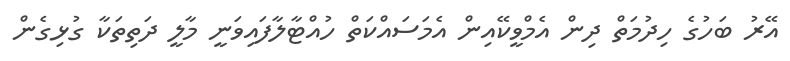
އޭރު ބަހުގެ ހިދުމަތް ދިން އެމްވީކޭއިން އެމަސައްކަތް ހުއްޓާލާފައިވަނީ މާލީ ދަތިތަކާ ގުޅިގެން